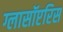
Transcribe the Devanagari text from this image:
ग्लासॉप्टरिस